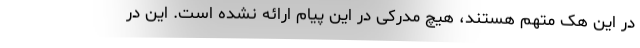
در این هک متهم هستند، هیچ مدرکی در این پیام ارائه نشده است. این در